Leaving Certificate Examination (including Day School Certificate (Higher) General paper), 1927
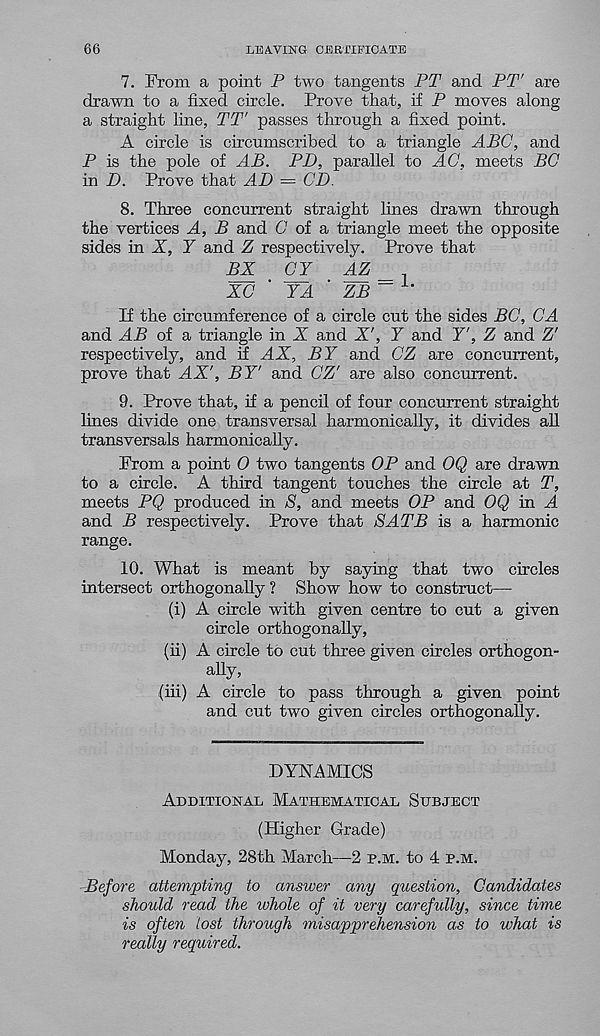
66
LEAVING CERTIFICATE
7. From a point P two tangents PT and PT' are
drawn to a fixed circle. Prove that, if P moves along
a straight line, TT' passes through a fixed point.
A circle is circumscribed to a triangle ABC, and
P is the pole of AB. PD, parallel to AC, meets BC
in D. Prove that AD — CD.
8. Three concurrent straight lines drawn through
the vertices A, B and G of a triangle meet the opposite
sides in X, Y and Z respectively. Prove that
BX
CY
AZ
XC ' YA ’ ZB~
If the circumference of a circle cut the sides BC, CA
and AB of a triangle in X and X', Y and Y', Z and Z'
respectively, and if AX, BY and CZ are concurrent,
prove that AX', BY' and CZ' are also concurrent.
9. Prove that, if a pencil of four concurrent straight
lines divide one transversal harmonically, it divides all
transversals harmonically.
From a point 0 two tangents OP and OQ are drawn
to a circle. A third tangent touches the circle at T,
meets PQ produced in S, and meets OP and OQ in A
and B respectively. Prove that SATB is a harmonic
range.
10. What is meant by saying that two circles
intersect orthogonally ? Show how to construct—
(i) A circle with given centre to cut a given
circle orthogonally,
(ii) A circle to cut three given circles orthogon-
ally,
(hi) A circle to pass through a given point
and cut two given circles orthogonally.
DYNAMICS
Additional Mathematical Subject
(Higher Grade)
Monday, 28th March—2 p.m. to 4 p.m.
Before attempting to answer any question. Candidates
should read the ivhole of it very carefully, since time
is often lost through misapprehension as to what is
really required.